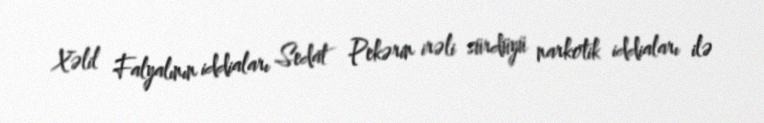
Xəlil Falyalının iddiaları Sedat Pekərin irəli sürdüyü narkotik iddiaları ilə